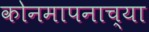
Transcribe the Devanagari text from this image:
कोनमापनाच्या